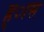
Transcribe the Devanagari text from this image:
ह्ास